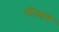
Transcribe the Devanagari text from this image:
नीलाब